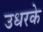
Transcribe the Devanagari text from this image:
उधरके